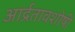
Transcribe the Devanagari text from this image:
आर्द्रतावशोषी